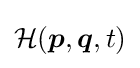
{\mathcal {H}}({\boldsymbol {p}},{\boldsymbol {q}},t)